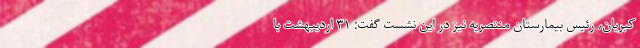
کبریان، رئیس بیمارستان منتصریه نیز در این نشست گفت: ۳۱ اردیبهشت با